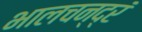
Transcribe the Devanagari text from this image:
भालचन्द्रं